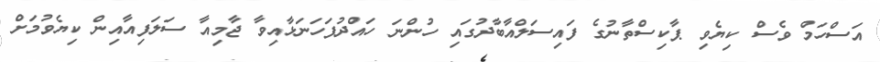
އަސްހަމް ވެސް ކިޔެވި ޕާކިސްތާނުގެ ފައިސަލްއާބާދުގައި ހުންނަ ހައްދުފަހަނަޅާއިވާ ޖާމިއާ ސަލަފިއާއިން ކިޔެވުމަށް